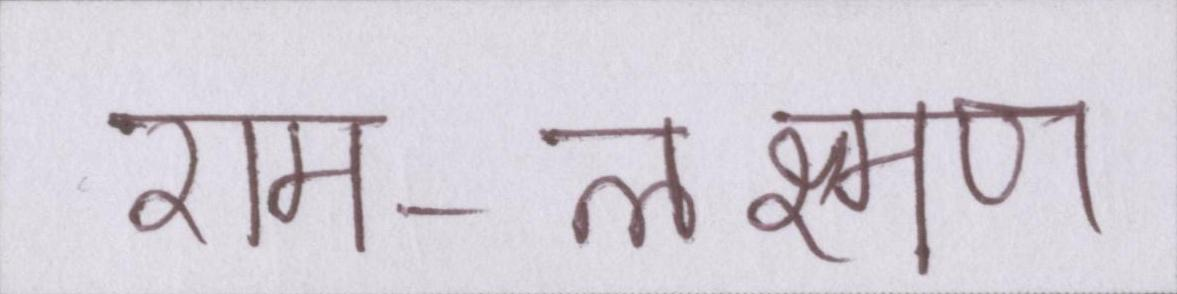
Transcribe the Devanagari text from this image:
राम-लक्ष्मण